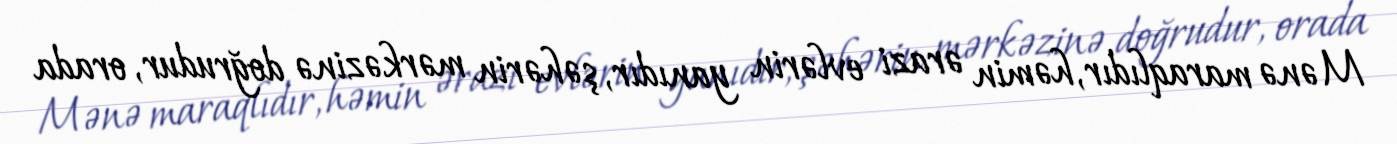
Mənə maraqlıdır, həmin ərazi evlərin yanıdır, şəhərin mərkəzinə doğrudur, orada